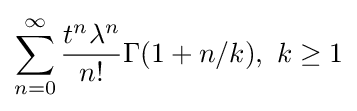
\sum _{n=0}^{\infty }{\frac {t^{n}\lambda ^{n}}{n!}}\Gamma (1+n/k),\ k\geq 1